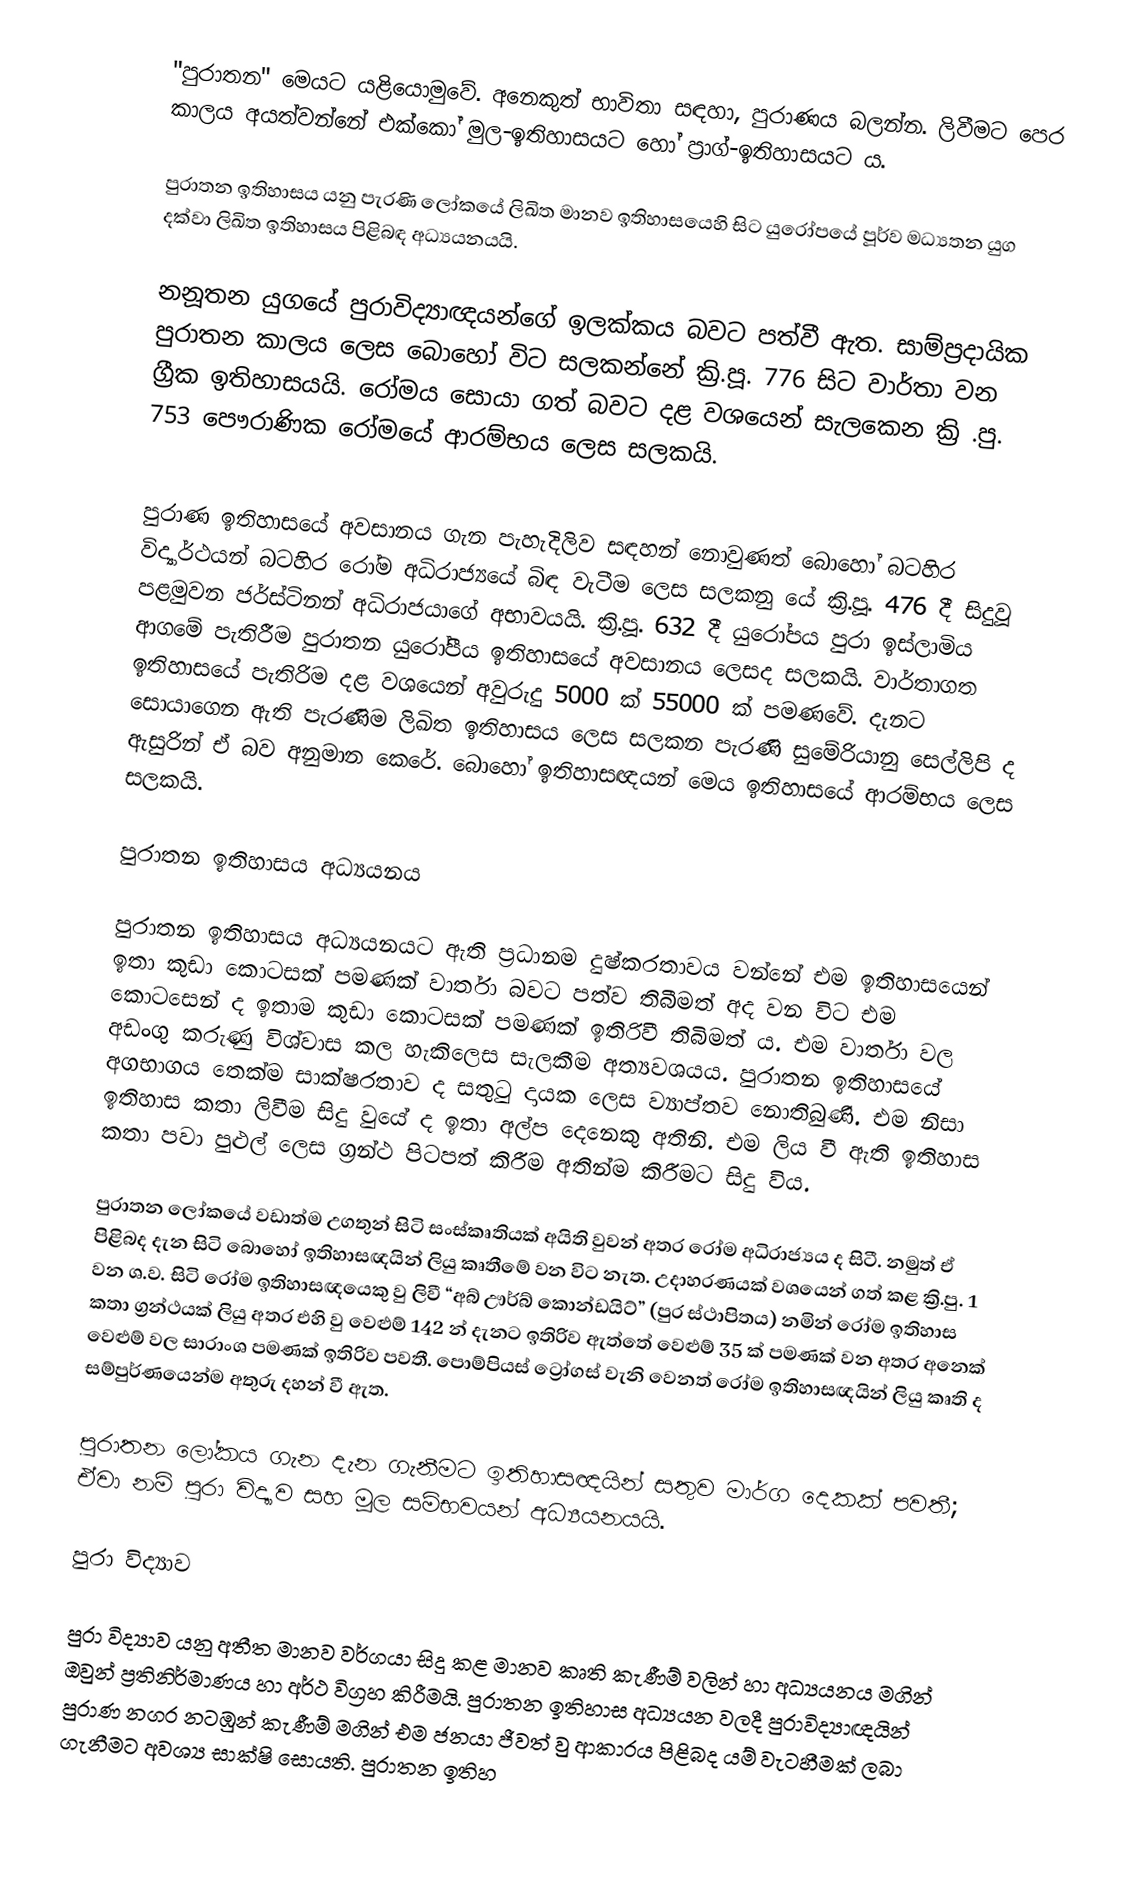
"පුරාතන" මෙයට යළියොමුවේ. අනෙකුත් භාවිතා සඳහා,  පුරාණය බලන්න. ලිවීමට පෙර කාලය අයත්වන්නේ  එක්කෝ මුල-ඉතිහාසයට හෝ  ප්‍රාග්-ඉතිහාසයට ය.

පුරාතන ඉතිහාසය යනු  පැරණි ලෝකයේ ලිඛිත මානව ඉතිහාසයෙහි  සිට යුරෝපයේ පූර්ව මධ්‍යතන යුග  දක්වා  ලිඛිත ඉතිහාසය පිළිබඳ අධ්‍යයනයයි.

නනූතන යුගයේ පුරාවිද්‍යාඥයන්ගේ ඉලක්කය බවට පත්වී ඇත. සාම්ප්‍රදායික පුරාතන කාලය ලෙස බොහෝ විට සලකන්නේ ක්‍රි.පූ. 776 සිට වාර්තා වන ග්‍රීක ඉතිහාසයයි. රෝමය සොයා ගත් බවට දළ  වශයෙන් සැලකෙන ක්‍රි .පු. 753 පෞරාණික රෝමයේ ආරම්භය ලෙස සලකයි.

පුරාණ ඉතිහාසයේ අවසානය  ගැන පැහැදිලිව සඳහන් නොවුණත් බොහෝ බටහිර විද්‍යාර්ථයන් බටහිර රෝම අධිරාජ්‍යයේ බිඳ වැටීම ලෙස සලකනු යේ ක්‍රි.පූ. 476 දී සිදුවූ පළමුවන ජර්ස්ටිනන් අධිරාජයාගේ අභාවයයි. ක්‍රි.පූ. 632 දී යුරෝපය පුරා ඉස්ලාමිය ආගමේ  පැතිරීම පුරාතන යුරෝපීය ඉතිහාසයේ අවසානය ලෙසද සලකයි. වාර්තාගත ඉතිහාසයේ පැතිරිම දළ වශයෙන් අවුරුදු 5000 ක් 55000 ක් පමණවේ. දැනට සොයාගෙන ඇති පැරණිම ලිඛිත ඉතිහාසය ලෙස සලකන  පැරණි සුමේරියානු සෙල්ලිපි ද ඇසුරින් ඒ බව අනුමාන කෙරේ. බොහෝ ඉතිහාසඥයන් මෙය ඉතිහාසයේ ආරම්භය ලෙස සලකයි.

පුරාතන ඉතිහාසය අධ්‍යයනය

පුරාතන ඉතිහාසය අධ්‍යයනයට ඇති ප්‍රධානම දුෂ්කරතාවය වන්නේ එම ඉතිහාසයෙන් ඉතා කුඩා කොටසක් පමණක් වාර්තා බවට පත්ව තිබීමත් අද වන විට එම කොටසෙන් ද ඉතාම කුඩා කොටසක් පමණක් ඉතිරිවී තිබිමත් ය. එම වාර්තා වල අඩංගු කරුණු විශ්වාස කල හැකි‍ලෙස සැලකීම අත්‍යවශයය. පුරාතන ඉතිහාසයේ අගභාගය තෙක්ම සාක්ෂරතාව ද සතුටු දායක ලෙස ව්‍යාප්තව නොතිබුණි. එම නිසා ඉතිහාස කතා ලිවීම සිදු වුයේ ද ඉතා අල්ප දෙනෙකු අතිනි. එම ලිය වී ඇති ඉතිහාස කතා පවා පුළුල් ලෙස ග්‍රන්ථ පිටපත් කිරීම අතින්ම කිරීමට සිදු විය.

පුරාතන ලෝකයේ වඩාත්ම උගතුන් සිටි සංස්කෘතියක් අයිති වුවන් අතර රෝම අධිරාජ්‍යය ද සිටී. නමුත් ඒ පිළිබද දැන සිටි බොහෝ ඉතිහාසඥයින් ලියු කෘතීමේ වන විට නැත. උදාහරණයක් වශයෙන් ගත් කළ ක්‍රි.පු. 1 වන ශ.ව. සිටි රෝම ඉතිහාසඥයෙකු වු ලිවී “අබ් ඌර්බ් කොන්ඩයිට්” (පුර ස්ථාපිතය) නමින් රෝම ඉතිහාස කතා ග්‍රන්ථයක් ලියු අතර එහි වු වෙළුම් 142 න් දැනට ඉතිරිව ඇත්තේ වෙළුම් 35 ක් පමණක් වන අතර අනෙක් වෙළුම් වල සාරාංශ පමණක් ඉතිරිව පවතී. පොම්පියස් ට්‍රෝගස් වැනි වෙනත් රෝම ඉතිහාසඥයින් ලියු කෘති ද සම්පුර්ණයෙන්ම අතුරු දහන් වී ඇත.

පුරාතන ලෝකය ගැන දැන ගැනීමට ඉතිහාසඥයින් සතුව මාර්ග දෙකක් පවතී; ඒවා නම් පුරා විද්‍යාව සහ මූල සම්භවයන් අධ්‍යයනයයි.

පුරා විද්‍යාව

පුරා විද්‍යාව යනු අතීත මානව වර්ගයා සිදු කළ මානව කෘති කැණීම් වලින් හා අධ්‍යයනය මගින් ඔවුන් ප්‍රතිනිර්මාණය හා අර්ථ විග්‍රහ කිරීමයි. පුරාතන ඉතිහාස අධ්‍යයන වලදී පුරාවිද්‍යාඥයින් පුරාණ නගර නටඹුන් කැණීම් මගින් එම ජනයා ජීවත් වු ආකාරය පිළිබද යම් වැටහීමක් ලබා ගැනීමට අවශ්‍ය සාක්ෂි සොයති. පුරාතන ඉතිහ